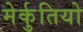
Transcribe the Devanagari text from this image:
मेर्कुतियो